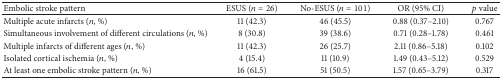
<table><thead><tr><td><b>Embolic stroke pattern</b></td><td><b>ESUS (<i>n</i> = 26) </b></td><td><b>No-ESUS (<i>n</i> = 101)</b></td><td><b>OR (95% CI)</b></td><td><b><i>p</i> value</b></td></tr></thead><tbody><tr><td>Multiple acute infarcts (<i>n</i>, %)</td><td>11 (42.3)</td><td>46 (45.5)</td><td>0.88 (0.37–2.10)</td><td>0.767</td></tr><tr><td>Simultaneous involvement of different circulations (<i>n</i>, %)</td><td>8 (30.8)</td><td>39 (38.6)</td><td>0.71 (0.28–1.78)</td><td>0.461</td></tr><tr><td>Multiple infarcts of different ages (<i>n</i>, %)</td><td>11 (42.3)</td><td>26 (25.7)</td><td>2.11 (0.86–5.18)</td><td>0.102</td></tr><tr><td>Isolated cortical ischemia (<i>n</i>, %)</td><td>4 (15.4)</td><td>11 (10.9)</td><td>1.49 (0.43–5.12)</td><td>0.529</td></tr><tr><td>At least one embolic stroke pattern (<i>n</i>, %)</td><td>16 (61.5)</td><td>51 (50.5)</td><td>1.57 (0.65–3.79)</td><td>0.317</td></tr></tbody></table>